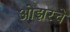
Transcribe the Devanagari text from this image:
ओझरचे